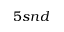
5 s n d